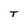
Character: T